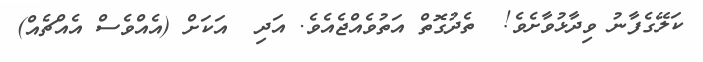
ކަލޭގެފާނު ވިދާޅުވާށެވެ!  ތެދުގޮތް އަތުވެއްޖެއެވެ. އަދި  އަަކަށް (އެއްވެސް އެއްޗެއް)